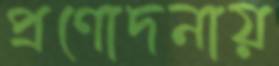
প্রণোদনায়